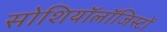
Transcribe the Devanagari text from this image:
सोशियॉलॉजिस्टों